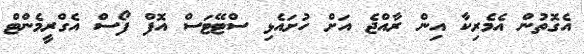
އެގޮތުން އެމެރިކާ އިން ރާއްޖެ އަށް ހުށައެޅި ސްޓޭޓަސް އޮފް ފޯސް އެގްރީމެންޓް